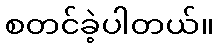
စတင်ခဲ့ပါတယ်။